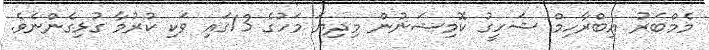
މެމްބަރު އިބްރާހިމް ޝަހީގު ކޮމިޝަނުން މިދިޔަ މަހުގެ 13ގައި ވަކި ކުރުމާ ގުޅިގެންނެވެ.